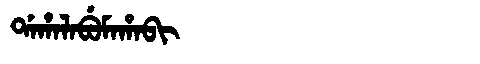
Manchu: ᡩᠠᡥᠠᠯᠠᠪᡠᠮᠠᡥᠠᠪᡳ
Romanization: DAHALABUMAHABI